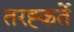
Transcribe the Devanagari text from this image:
तरह्कर्ते